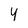
Character: 4